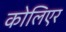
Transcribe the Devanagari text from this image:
कोलिएर